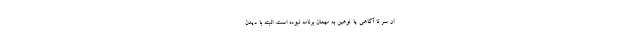
از سر نا آگاهی یا توهین به مهمان برنامه نبوده است. البته با دیدن